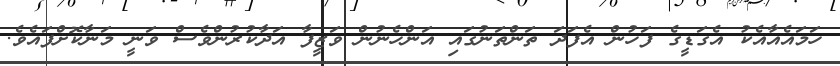
ހަމައެއާއެކު އެގަޑީގެ ފަހުން އެފަދަ ތަންތަނުގައި އަންހެނުން ވަޒީފާ އަދާކުރުންވެސް ވަނީ މަނާކޮށްފައެވެ.